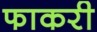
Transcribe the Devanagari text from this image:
फाकरी